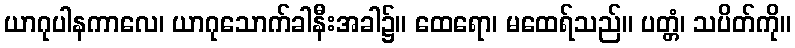
ယာဂုပါနကာလေ၊ ယာဂုသောက်ခါနီးအခါ၌။ ထေရော၊ မထေရ်သည်။ ပတ္တံ၊ သပိတ်ကို။